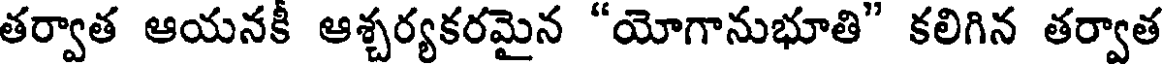
తర్వాత ఆయనకీ ఆశ్చర్యకరమైన "యోగానుభూతి" కలిగిన తర్వాత